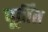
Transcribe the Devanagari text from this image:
पूर्तींत